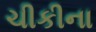
ચીકીના